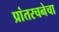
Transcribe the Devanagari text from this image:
प्रांतरचनेचा